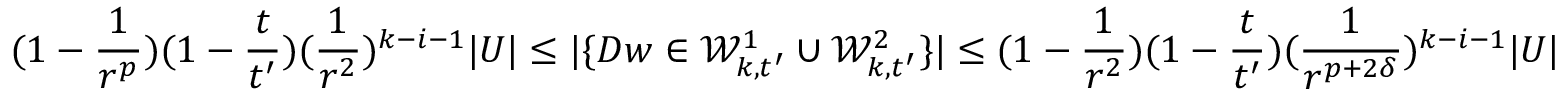
( 1 - \frac { 1 } { r ^ { p } } ) ( 1 - \frac { t } { t ^ { \prime } } ) ( \frac { 1 } { r ^ { 2 } } ) ^ { k - i - 1 } | U | \leq | \{ D w \in \mathcal { W } _ { k , t ^ { \prime } } ^ { 1 } \cup \mathcal { W } _ { k , t ^ { \prime } } ^ { 2 } \} | \leq ( 1 - \frac { 1 } { r ^ { 2 } } ) ( 1 - \frac { t } { t ^ { \prime } } ) ( \frac { 1 } { r ^ { p + 2 \delta } } ) ^ { k - i - 1 } | U |